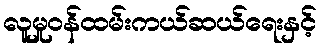
လူမှုဝန်ထမ်းကယ်ဆယ်ရေးနှင့်